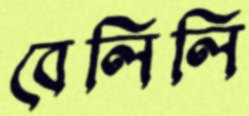
বেলিলি